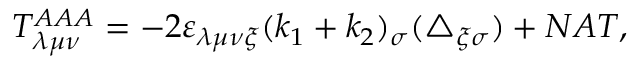
T _ { \lambda \mu \nu } ^ { A A A } = - 2 \varepsilon _ { \lambda \mu \nu \xi } ( k _ { 1 } + k _ { 2 } ) _ { \sigma } ( \triangle _ { \xi \sigma } ) + N A T ,